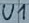
Text: U1